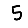
Digit: 5